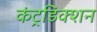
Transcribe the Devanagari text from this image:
कंट्रडिक्शन